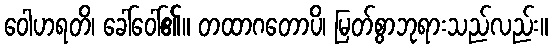
ဝေါဟရတိ၊ ခေါ်ဝေါ်၏။ တထာဂတောပိ၊ မြတ်စွာဘုရားသည်လည်း။